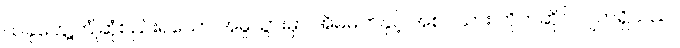
ယခုတွေ့ကြုံဆုံစည်းရသော အမှုသွားမှာ အိမ်မက်နှင့် အစင်သား တိုက်ဆိုင်လျက်ရှိသည်။